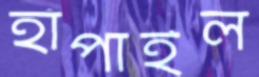
হাঁপাইল